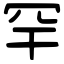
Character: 罕